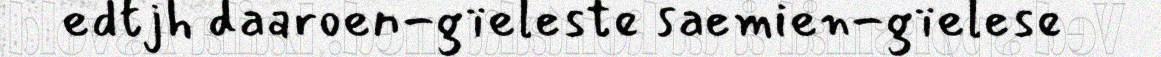
edtjh daaroen-gïeleste saemien-gïelese